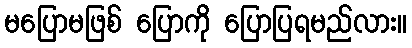
မပြောမဖြစ် ပြောကို ပြောပြရမည်လား။